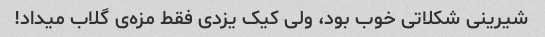
شیرینی شکلاتی خوب بود، ولی کیک یزدی فقط مزه‌ی گلاب میداد!